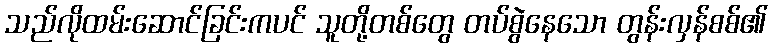
သည်လိုထမ်းဆောင်ခြင်းကပင် သူတို့တစ်တွေ တပ်စွဲနေသော တွန်းလှန်စစ်၏